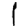
Digit: 1